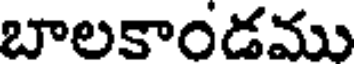
బాలకాండము